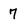
Character: 7